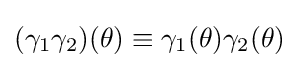
(\gamma _{1}\gamma _{2})(\theta )\equiv \gamma _{1}(\theta )\gamma _{2}(\theta )